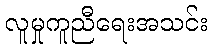
လူမှုကူညီရေးအသင်း